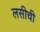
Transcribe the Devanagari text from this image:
लसीची